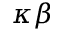
\kappa \beta